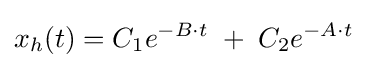
x_{h}(t)=C_{1}e^{-B\cdot t}\;+\;C_{2}e^{-A\cdot t}